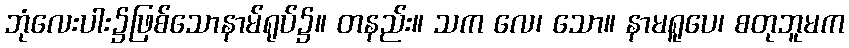
ဘုံလေးပါး၌ဖြစ်သောနာမ်ရုပ်၌။ တနည်း။ သက လေ၊ သော။ နာမရူပေ၊ စတုဘူမက